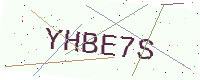
Text: YHBE7S